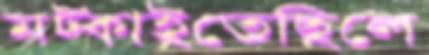
মট্‌কাইতেছিলে